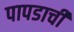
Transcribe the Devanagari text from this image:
पापडाची